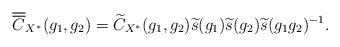
LaTeX: \begin{align*} \overline{\overline{C}}_{X^{\ast}}(g_1,g_2)&=\widetilde{C}_{X^{\ast}}(g_1, g_2)\widetilde{s}(g_1)\widetilde{s}(g_2) \widetilde{s}(g_1g_2)^{-1}. \end{align*}